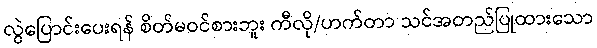
လွဲပြောင်းပေးရန် စိတ်မဝင်စားဘူး ကီလို/ဟက်တာ သင်အတည်ပြုထားသော